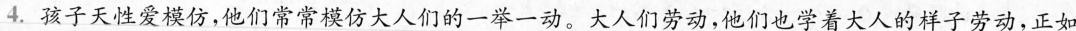
4.孩子天性爱模仿，他们常常模仿大人们的一举一动。大人们劳动，他们也学着大人的样子劳动，正如